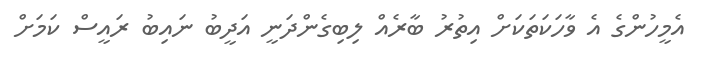
އެމީހުންގެ އެ ވާހަކަތަކަށް އިތުރު ބާރެއް ލިބިގެންދަނީ އަދީބު ނައިބު ރައީސް ކަމަށް